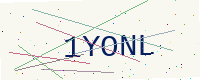
Text: 1YONL